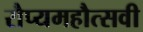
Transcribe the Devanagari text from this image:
रौप्यमहौत्सवी